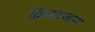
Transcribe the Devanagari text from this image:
क्रिस्टजन